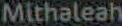
Mithaleah